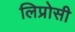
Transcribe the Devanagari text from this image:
लिप्रोसी